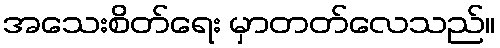
အသေးစိတ်ရေး မှာတတ်လေသည်။